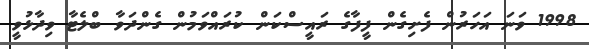
1998 ވަނަ އަހަރުން ފެށިގެން ފީފާގެ ރައީސްކަން ކުރައްވަމުން ގެންދަވާ ބްލެޓާ ވިދާޅުވީ